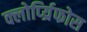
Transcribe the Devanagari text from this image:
क्लोर्प्य्रिफोस